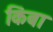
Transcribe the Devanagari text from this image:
किंबा